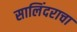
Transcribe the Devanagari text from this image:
सालिंदराचा